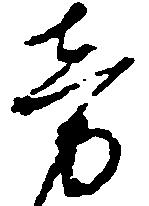
旁